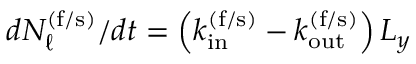
d N _ { \ell } ^ { \mathrm { ( f / s ) } } / d t = \left( k _ { \mathrm { i n } } ^ { \mathrm { ( f / s ) } } - k _ { \mathrm { o u t } } ^ { \mathrm { ( f / s ) } } \right) L _ { y }